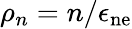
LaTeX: \rho_{n}=n/\epsilon_{\mathrm{ne}}